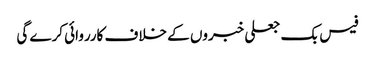
فیس بک جعلی خبروں کے خلاف کارروائی کرے گی